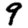
Digit: 9